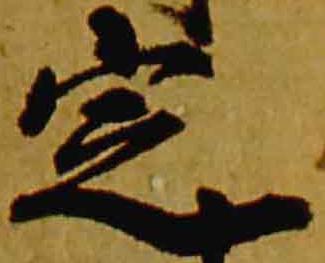
定